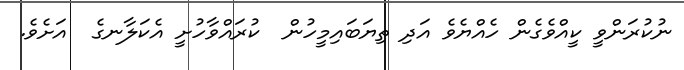
ނުކުރަންވީ ކީއްވެގެން ހެއްޔެވެ އަދި ތިޔަބައިމީހުން  ކުރައްވާހުށީ އެކަލާނގެ  އަށެވެ.